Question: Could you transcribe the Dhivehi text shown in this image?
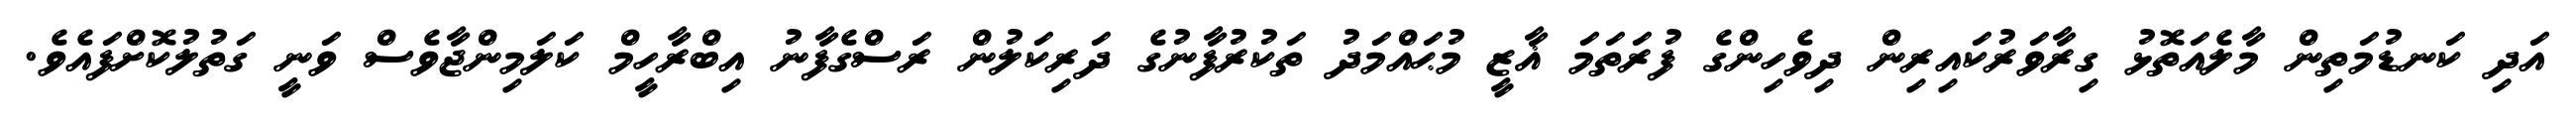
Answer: އަދި ކަނޑުމަތިން މާލެއަތޮޅު ގިރާވަރުކައިރިން ދިވެހިންގެ ފުރަތަމަ ޣާޒީ މުޙައްމަދު ތަކުރުފާނުގެ ދަރިކަލުން ރަސްގެފާނު އިބްރާހީމް ކަލަމިންޖާވެސް ވަނީ ގަތުލުކޮށްފައެވެ.